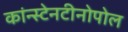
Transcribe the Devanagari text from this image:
कांन्स्टेनटीनोपोल